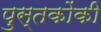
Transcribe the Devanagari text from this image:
पुस्‍तकोंकी